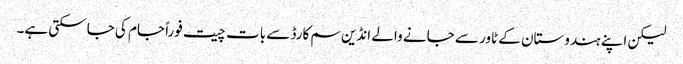
لیکن اپنے ہندوستان کے ٹاور سے جانے والے انڈین سم کارڈ سے بات چیت فوراً جام کی جاسکتی ہے۔